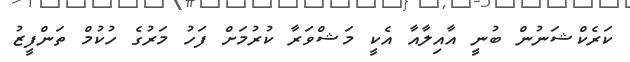
ކަރެކްޝަނުން ބުނީ އާއިލާއާ އެކީ މަޝްވަރާ ކުރުމަށް ފަހު މަރުގެ ހުކުމް ތަންފީޒު